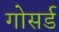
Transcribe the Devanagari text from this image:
गोसर्ड